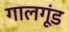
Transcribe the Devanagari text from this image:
गालगूंड